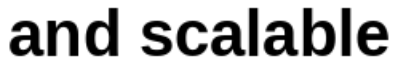
and scalable